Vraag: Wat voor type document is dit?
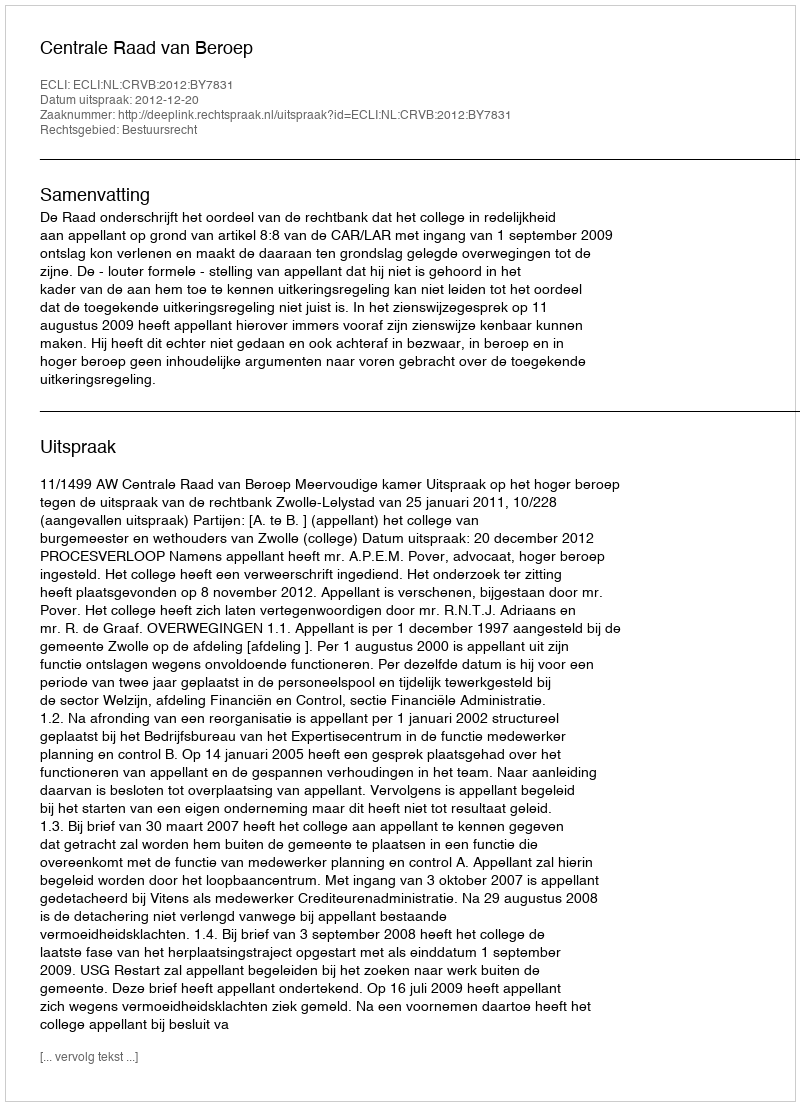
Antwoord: Uitspraak